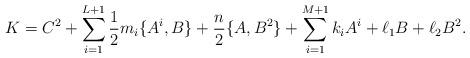
LaTeX: \begin{align*}K=C^{2}+\sum_{i=1}^{L+1}\frac{1}{2}m_{i}\{A^{i},B\} +\frac{n}{2}\{A,B^{2}\}+\sum_{i=1}^{M+1}k_{i}A^{i}+\ell_{1}B + \ell_2 B^2. \end{align*}